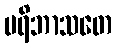
ပရိဘာသတေ